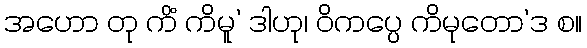
အဟော တု ကိံ ကိမူ’ ဒါဟု၊ ဝိကပ္ပေ ကိမုတော’ဒ စ။